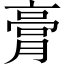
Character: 膏